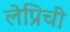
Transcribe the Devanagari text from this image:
लेप्रिची